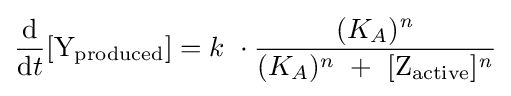
{\mathrm {d}  \over \mathrm {d} t}[{\rm {Y_{produced}}}]=k\ \cdot {{(K_{A})^{\mathit {n}}} \over {(K_{A})^{n}\ +\ {[{\rm {Z_{active}}}]^{\mathit {n}}}}}